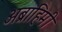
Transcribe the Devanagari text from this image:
अब्राहिमी